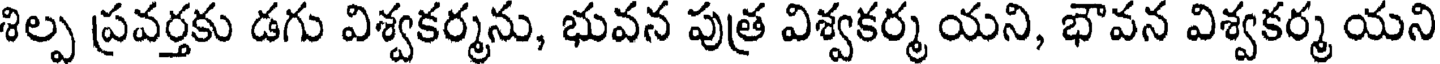
శిల్ప ప్రవర్తకు డగు విశ్వకర్మను, భువన పుత్ర విశ్వకర్మ యని, భౌవన విశ్వకర్మ యని